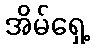
အိမ်ရှေ့